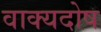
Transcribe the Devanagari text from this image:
वाक्यदोष